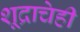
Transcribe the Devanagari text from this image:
शूद्राचेही